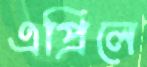
এপ্রিলে